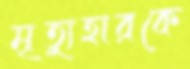
মৃত্যুহারকে